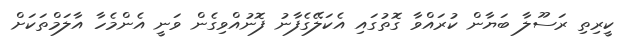
ކީރިތި ރަސޫލާ ބަޔާން ކުރައްވާ ގޮތުގައި އެކަލޭގެފާނު ފޮނުއްވިގެން ވަނީ އެންމެހާ އާލަމްތަކަށް